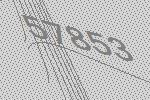
57853